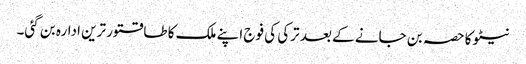
نیٹو کا حصہ بن جانے کے بعد ترکی کی فوج اپنے ملک کا طاقتور ترین ادارہ بن گئی۔